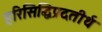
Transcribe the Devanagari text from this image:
हरिसिद्धिप्रदतीर्थ